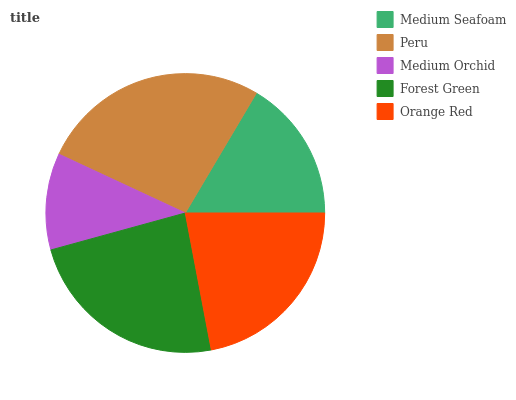
| Medium Seafoam | Peru | Medium Orchid | Forest Green | Orange Red |
 | --- | --- | --- | --- | --- |
 | 16.6% | 26.6% | 11.2% | 23.7% | 22% |